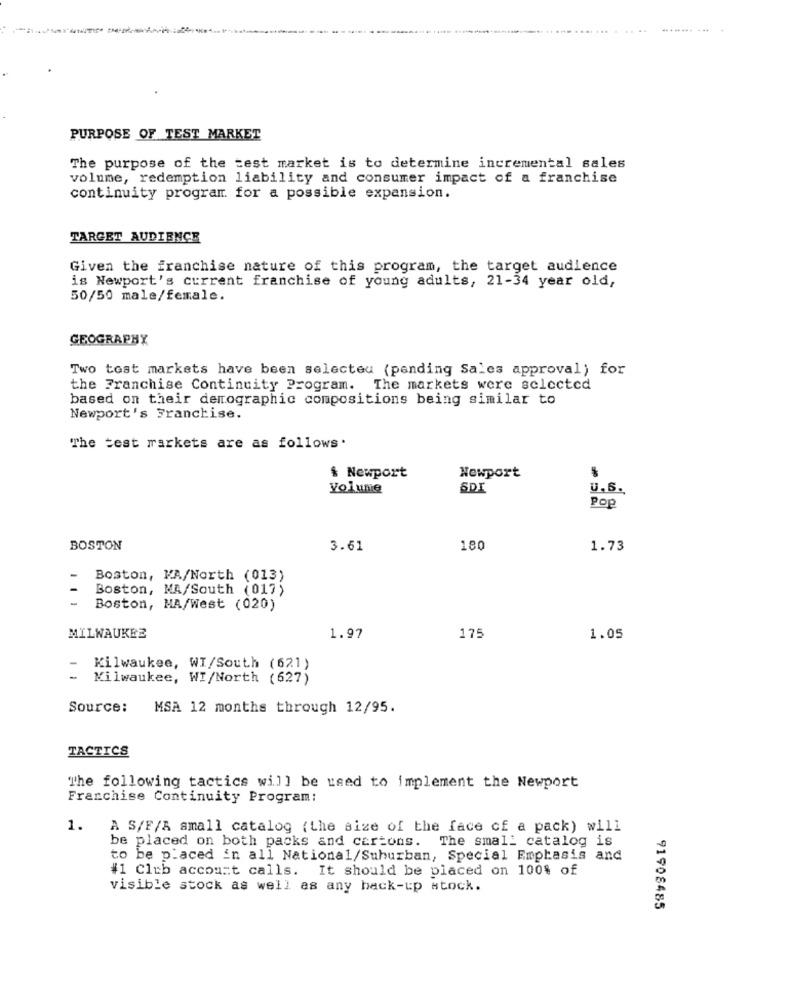
........ ... .
PURPOSE OF TEST MARKET
The purpose of the test market is to determine incremental sales
volume, redemption liability and consumer impact of a franchise
continuity program for a possible expansion.
TARGET AUDIENCE
Given the franchise nature of this program, the target audience
is Newport's current franchise of young adults, 21-34 year old,
50/50 male/female.
GEOGRAPHY
Two tost markets have been selected (pending Sales approval) for
the Franchise Continuity Program. The markets were selected
based on their demographic compositions being similar to
Newport's Franchise.
The test markets are as follows.
& Newport
Newport
Volume
SDI
U.S.
Pop
BOSTON
3.61
180
1.73
Boston, MA/North (013)
Boston, MA/South (017)
Boston, MA/West (020)
MILWAUKEE
1.97
175
1.05
Kilwaukee, WI/South (621)
Milwaukee, WI/North (627)
Source:
MSA 12 months through 12/95.
TACTICS
The following tactics will be used to implement the Newport
Franchise Continuity Program:
1.
A S/F/A small catalog (the size of the face of a pack) will
be placed on both packs and cartons. The small catalog is
to be placed in all National/Suburban, Special Emphasis and
#1 Club account calls. It should be placed on 100% of
visible stock as well as any back-up stock.
91908485